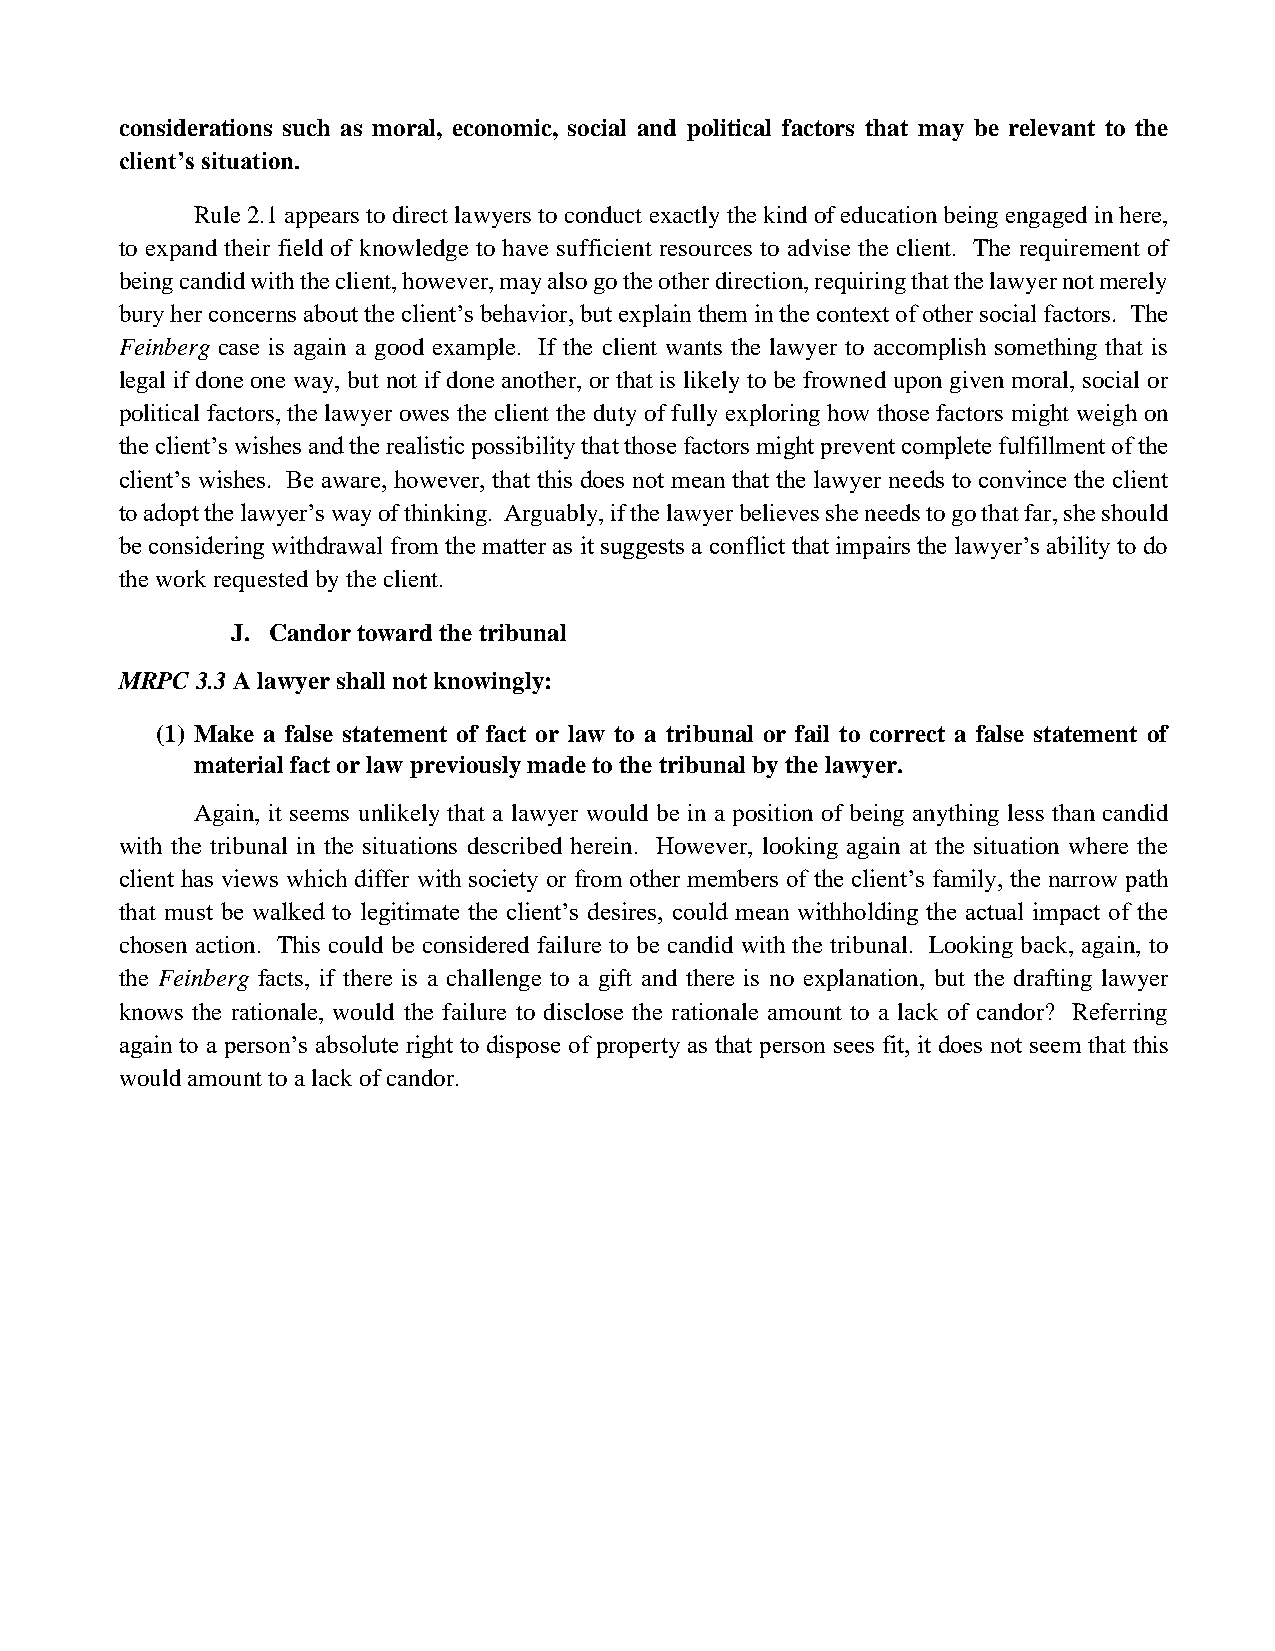
considerations such as moral, economic, social and political factors that may be relevant to the
 client’s situation.
 Rule 2.1 appears to direct lawyers to conduct exactly the kind of education being engaged in here,
 to expand their field of knowledge to have sufficient resources to advise the client. The requirement of
 being candid with the client, however, may also go the other direction, requiring that the lawyer not merely
 bury her concerns about the client’s behavior, but explain them in the context of other social factors. The
 Feinberg case is again a good example. If the client wants the lawyer to accomplish something that is
 legal if done one way, but not if done another, or that is likely to be frowned upon given moral, social or
 political factors, the lawyer owes the client the duty of fully exploring how those factors might weigh on
 the client’s wishes and the realistic possibility that those factors might prevent complete fulfillment of the
 client’s wishes. Be aware, however, that this does not mean that the lawyer needs to convince the client
 to adopt the lawyer’s way of thinking. Arguably, if the lawyer believes she needs to go that far, she should
 be considering withdrawal from the matter as it suggests a conflict that impairs the lawyer’s ability to do
 the work requested by the client.
 J. Candor toward the tribunal
 MRPC 3.3 A lawyer shall not knowingly:
 (1) Make a false statement of fact or law to a tribunal or fail to correct a false statement of
 material fact or law previously made to the tribunal by the lawyer.
 Again, it seems unlikely that a lawyer would be in a position of being anything less than candid
 with the tribunal in the situations described herein. However, looking again at the situation where the
 client has views which differ with society or from other members of the client’s family, the narrow path
 that must be walked to legitimate the client’s desires, could mean withholding the actual impact of the
 chosen action. This could be considered failure to be candid with the tribunal. Looking back, again, to
 the Feinberg facts, if there is a challenge to a gift and there is no explanation, but the drafting lawyer
 knows the rationale, would the failure to disclose the rationale amount to a lack of candor? Referring
 again to a person’s absolute right to dispose of property as that person sees fit, it does not seem that this
 would amount to a lack of candor.